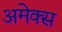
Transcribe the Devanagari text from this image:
अमेक्स